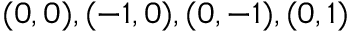
( 0 , 0 ) , ( - 1 , 0 ) , ( 0 , - 1 ) , ( 0 , 1 )